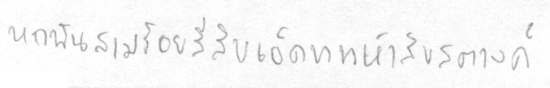
หกพันสามร้อยสี่สิบเอ็ดบาทห้าสิบสตางค์